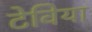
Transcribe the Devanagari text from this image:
टेविया